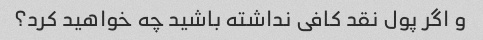
و اگر پول نقد کافی نداشته باشید چه خواهید کرد؟